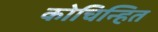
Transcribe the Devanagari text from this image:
कोचिन्हित